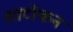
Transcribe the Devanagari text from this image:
शाटोकन